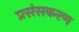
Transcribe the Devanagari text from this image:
प्रसंसकरण